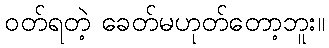
ဝတ်ရတဲ့ ခေတ်မဟုတ်တော့ဘူး။